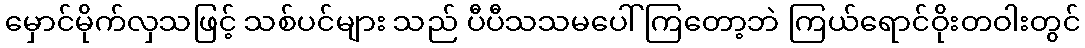
မှောင်မိုက်လှသဖြင့် သစ်ပင်များ သည် ပီပီသသမပေါ်ကြတော့ဘဲ ကြယ်ရောင်ဝိုးတဝါးတွင်